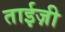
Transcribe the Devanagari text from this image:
ताईज़ी